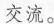
交流。